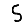
Digit: 5